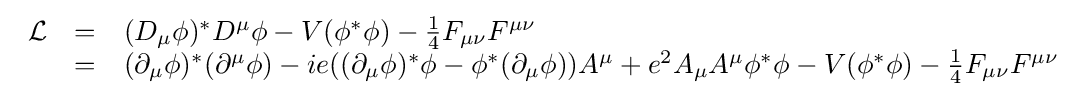
{\begin{array}{lcl}{\mathcal {L}}&=&(D_{\mu }\phi )^{*}D^{\mu }\phi -V(\phi ^{*}\phi )-{\frac {1}{4}}F_{\mu \nu }F^{\mu \nu }\\&=&(\partial _{\mu }\phi )^{*}(\partial ^{\mu }\phi )-ie((\partial _{\mu }\phi )^{*}\phi -\phi ^{*}(\partial _{\mu }\phi ))A^{\mu }+e^{2}A_{\mu }A^{\mu }\phi ^{*}\phi -V(\phi ^{*}\phi )-{\frac {1}{4}}F_{\mu \nu }F^{\mu \nu }\end{array}}